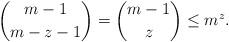
LaTeX: \begin{align*}\binom{m-1}{m-z-1}=\binom{m-1}{z}\leq m^z.\end{align*}